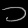
Digit: ၁